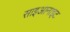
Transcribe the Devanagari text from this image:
साइआनाइट